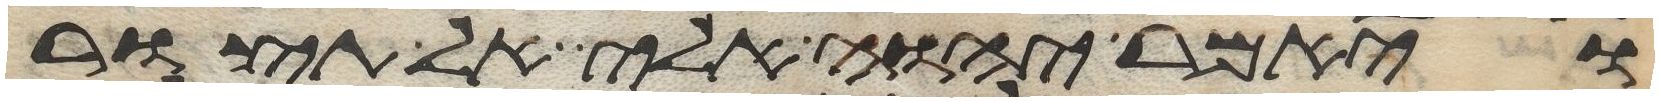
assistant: ויאמר יהוה אלי אל תצור